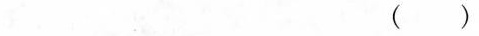
()